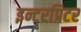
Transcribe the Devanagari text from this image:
इन्टरप्रिटर